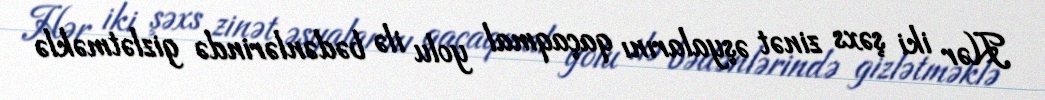
Hər iki şəxs zinət əşyalarını qaçaqmal yolu ilə bədənlərində gizlətməklə